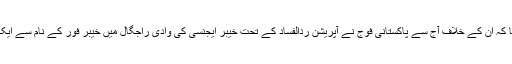
میجر جنرل آصف غفور نے کہا کہ ان کے خلاف آج سے پاکستانی فوج نے آپریشن ردالفساد کے تحت خیبر ایجنسی کی وادی راجگال میں خیبر فور کے نام سے ایک زمینی آپریشن شروع کیا ہے۔